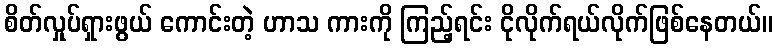
စိတ်လှုပ်ရှားဖွယ် ကောင်းတဲ့ ဟာသ ကားကို ကြည့်ရင်း ငိုလိုက်ရယ်လိုက်ဖြစ်နေတယ်။